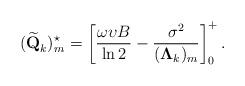
LaTeX: \begin{align*}(\widetilde{\textbf{Q}}_k)_{m}^{\star}=\left[\frac{\omega \upsilon B}{\ln 2}-\frac{\sigma^2}{(\mathbf{\Lambda}_k)_{m}}\right]_0^+.\end{align*}